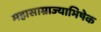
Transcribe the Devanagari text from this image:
महासाम्राज्याभिषेक